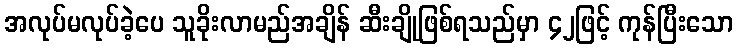
အလုပ်မလုပ်ခဲ့ပေ သူခိုးလာမည်အချိန် ဆီးချိုဖြစ်ရသည်မှာ ၄၂ဖြင့် ကုန်ပြီးသော